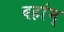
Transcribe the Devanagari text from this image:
वहांम्